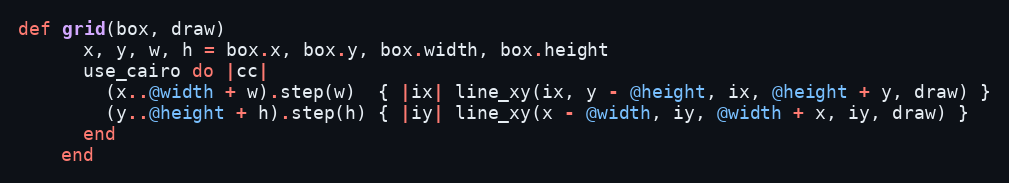
Language: Ruby
def grid(box, draw)
      x, y, w, h = box.x, box.y, box.width, box.height
      use_cairo do |cc|
        (x..@width + w).step(w)  { |ix| line_xy(ix, y - @height, ix, @height + y, draw) }
        (y..@height + h).step(h) { |iy| line_xy(x - @width, iy, @width + x, iy, draw) }
      end
    end